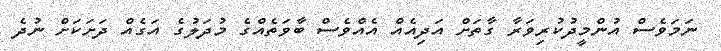
ނަމަވެސް އުންމީދުކުރިވަރާ ގާތަށް އަދިއެއް އެއްވެސް ބާވަތެއްގެ މުދަލުގެ އަގެއް ދަށަކަށް ނުދެ